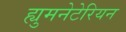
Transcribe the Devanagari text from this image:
ह्युमनेटेरियन